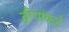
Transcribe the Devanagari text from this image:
द्वीपांकडे